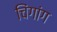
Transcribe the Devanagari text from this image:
चिंगांग